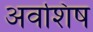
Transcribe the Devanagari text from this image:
अवशिष